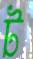
ট